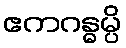
ဧကဂန္ဓမ္ပိ